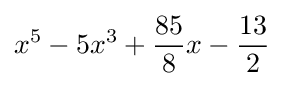
x^{5}-5x^{3}+{\frac {85}{8}}x-{\frac {13}{2}}